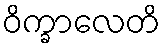
ဝိက္ခာလေတိ